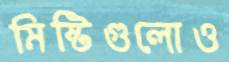
মিষ্টিগুলোও